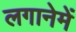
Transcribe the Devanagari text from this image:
लगानेमें